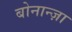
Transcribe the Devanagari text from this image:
बोनान्ज़ा